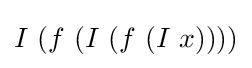
I\ (f\ (I\ (f\ (I\ x))))